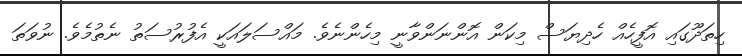
ހިތަދޫގައި އޮފީހެއް ހެދިޔަސް މިކަން އޮންނަންވާނީ މިހެންނެވެ. މައްސަލައަކީ އެފުރުސަތު ނެތުމެވެ. ނުވަތަ